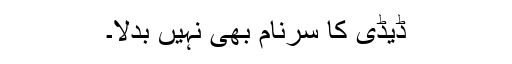
ڈیڈی کا سرنام بھی نہیں بدلا۔